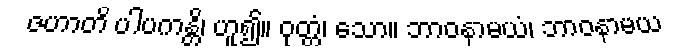
ဇဟာတိ ပါပကန္တိ၊ ဟူ၍။ ဝုတ္တံ၊ သော။ ဘာဝနာမယံ၊ ဘာဝနာမယ